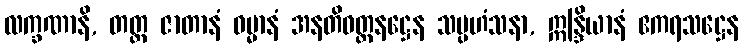
လက္ခဏာနိ, တတ္ထ ဇာတာနံ ဓမ္မာနံ အနတိဝတ္တနဋ္ဌေန သမ္ပဟံသနာ, ဣန္ဒြိယာနံ ဧကရသဋ္ဌေန